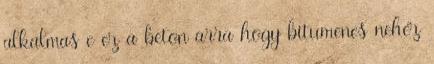
alkalmas e ez a beton arra hogy bitumenes nehéz